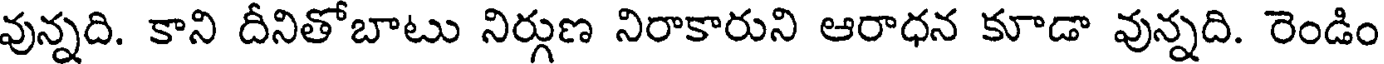
వున్నది. కాని దీనితోబాటు నిర్గుణ నిరాకారుని ఆరాధన కూడా వున్నది. రెండిం